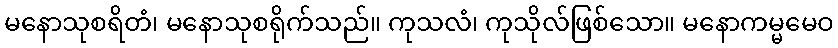
မနောသုစရိတံ၊ မနောသုစရိုက်သည်။ ကုသလံ၊ ကုသိုလ်ဖြစ်သော။ မနောကမ္မမေဝ